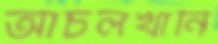
আঁচলখানি